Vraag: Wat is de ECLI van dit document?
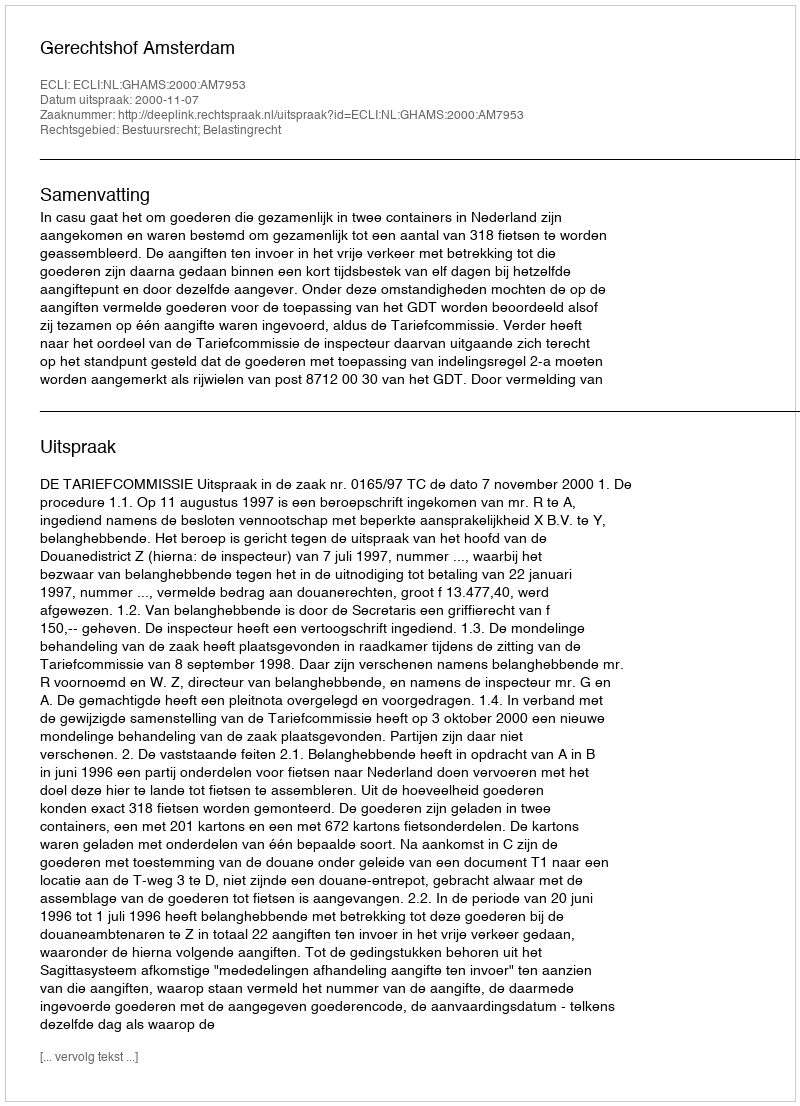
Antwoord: ECLI:NL:GHAMS:2000:AM7953